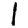
Digit: 1